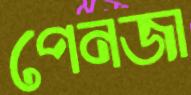
পেনজা